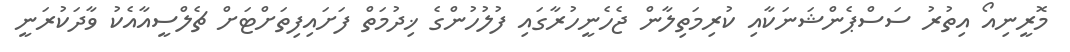
މޮރީނިއޯ އިތުރު ސަސްޕެންޝަނަކާއި ކުރިމަތިލާން ޖެހެނީހުރާގައި ފުލުހުންގެ ޚިދުމަތް ފަށައިފިތަށްޓަށް ޗެލްސީއާއެކު ވާދަކުރަނީ